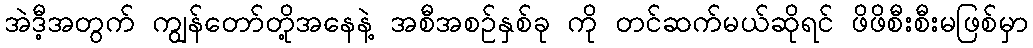
အဲဒီ့အတွက် ကျွန်တော်တို့အနေနဲ့ အစီအစဉ်နှစ်ခု ကို တင်ဆက်မယ်ဆိုရင် ဖိဖိစီးစီးမဖြစ်မှာ